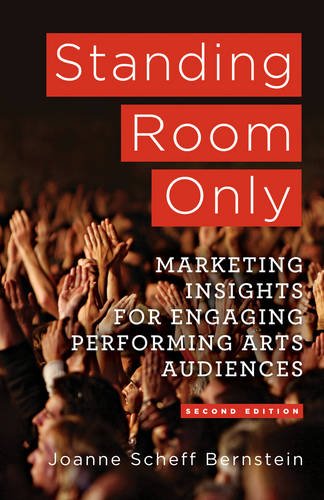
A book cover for Standing Room Only: Marketing Insights for Engaging Performing Arts Audiences; Joanne Scheff Bernstein; Business & Money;